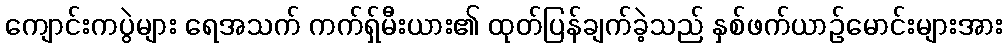
ကျောင်းကပွဲများ ရေအသက် ကက်ရှ်မီးယား၏ ထုတ်ပြန်ချက်ခဲ့သည် နှစ်ဖက်ယာဉ်မောင်းများအား